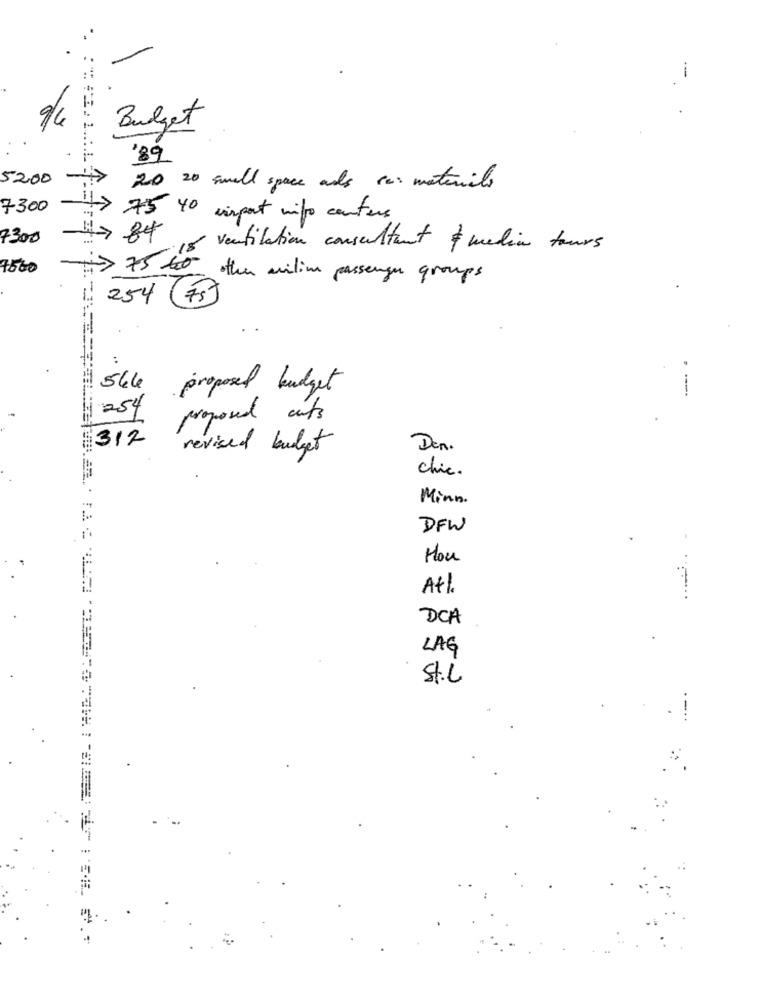
Budget
9/4
'89
5200
20 20 small space ands sas materials
7300
">>> 75 40 airport wilo centers
7300
47 84
15
ventilation consultant & media tours
7560
> 75 60
other milim passenger groups
254
75J
:
546
proposed budget
1254
proposed cuts
312
Den.
revised budget
chic.
Minn.
DFW
Hou
At%.
DCA
LAG
St.L